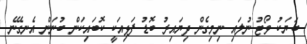
ބަޔަކު ވޯޓު ނުލައި ނިމިގެން ދިޔައިރު ބޮޑު ފަޅިއަކީ ކޮބައިކަން ބުނަން އެނގޭނެ